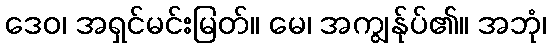
ဒေဝ၊ အရှင်မင်းမြတ်။ မေ၊ အကျွန်ုပ်၏။ အဘုံ၊